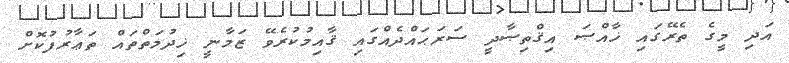
އަދި މީގެ ތެރޭގައި ޚާއްޞަ އިޤްތިޞާދީ ސަރަޙައްދެއްގައި ޤާއިމުކުރެވޭ ޒަމާނީ ޚިދުމަތްތައް ތަޢާރުފުކޮށް